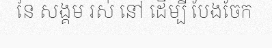
នៃ សង្គម រស់ នៅ ដើម្បី បែងចែក